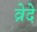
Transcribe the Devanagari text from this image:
व्रेदे